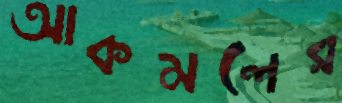
আকমলের